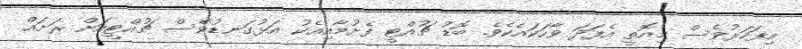
މިފަހަރުވެސް މިއޮތީ އެފަދަ ވާހަކައެކެވެ. ބޮޑު ޗުއްޓީ ފެށުމާއިއެކު އަޅުގަނޑުވެސް ޗުއްޓީއަށް ރަށައް